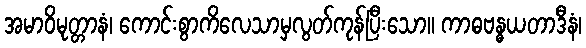
အမာဝိမုတ္တာနံ၊ ကောင်းစွာကိလေသာမှလွတ်ကုန်ပြီးသော။ ကာဓဗန္ဓယတာဒီနံ၊